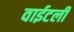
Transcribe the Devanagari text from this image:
वाईटली